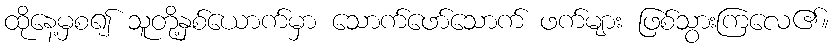
ထိုနေ့မှစ၍ သူတို့နှစ်ယောက်မှာ သောက်ဖော်သောက် ဖက်များ ဖြစ်သွားကြလေ၏။